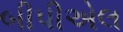
બીપીએલ